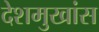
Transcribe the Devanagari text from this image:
देशमुखांस